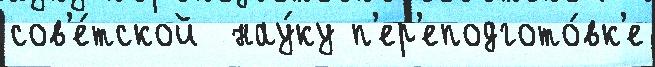
сов'е́тской  нау́ку п'ер'еподгото́вк'е